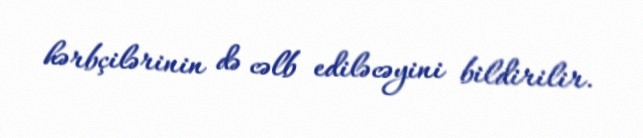
hərbçilərinin də cəlb ediləcəyini bildirilir.